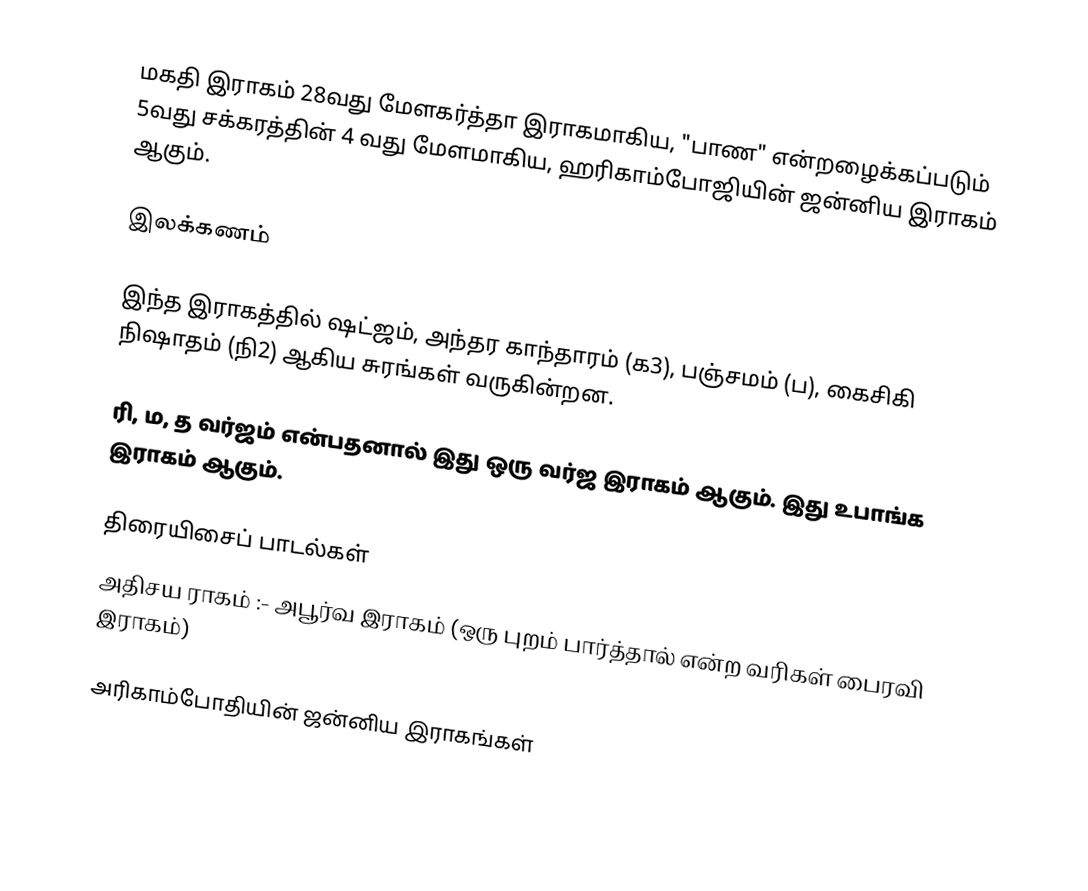
மகதி இராகம் 28வது மேளகர்த்தா இராகமாகிய, "பாண" என்றழைக்கப்படும் 5வது சக்கரத்தின் 4 வது மேளமாகிய, ஹரிகாம்போஜியின் ஜன்னிய இராகம் ஆகும்.

இலக்கணம்

 இந்த இராகத்தில் ஷட்ஜம், அந்தர காந்தாரம் (க3), பஞ்சமம் (ப), கைசிகி நிஷாதம் (நி2) ஆகிய சுரங்கள் வருகின்றன.

 ரி, ம, த வர்ஜம் என்பதனால் இது ஒரு வர்ஜ இராகம் ஆகும். இது உபாங்க இராகம் ஆகும்.

திரையிசைப் பாடல்கள்
 அதிசய ராகம் :- அபூர்வ இராகம் (ஒரு புறம் பார்த்தால் என்ற வரிகள் பைரவி இராகம்)

அரிகாம்போதியின் ஜன்னிய இராகங்கள்